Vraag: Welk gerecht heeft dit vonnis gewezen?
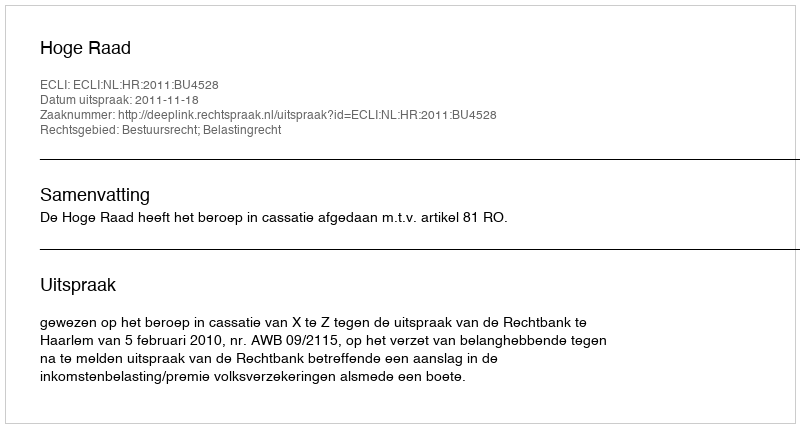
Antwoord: Hoge Raad